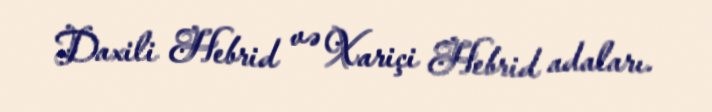
Daxili Hebrid və Xariçi Hebrid adaları.